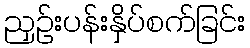
ညှဉ်းပန်းနှိပ်စက်ခြင်း